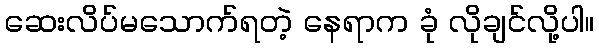
ဆေးလိပ်မသောက်ရတဲ့ နေရာက ခုံ လိုချင်လို့ပါ။